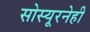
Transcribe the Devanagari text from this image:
सोस्यूरनेही